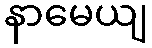
နာမေယျ